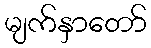
မျက်နှာတော်